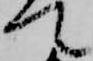
て